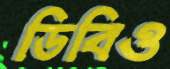
ডিবিও